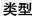
类型